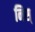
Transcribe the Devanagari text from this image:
निस्